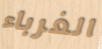
الغرباء